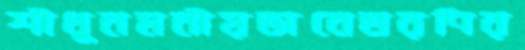
শীধুনমনীয়ভাবেতরণির